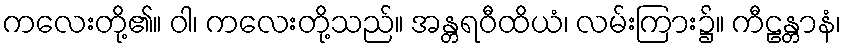
ကလေးတို့၏။ ဝါ၊ ကလေးတို့သည်။ အန္တရဝီထိယံ၊ လမ်းကြား၌။ ကီဠန္တာနံ၊